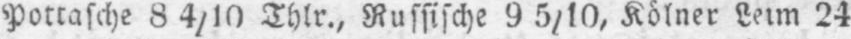
Pottasche 8 4/10 Thlr., Russische 9 5/10, Kölner Leim 24